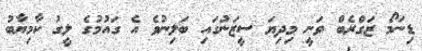
ޑިނަމޯ ޒަގްރެބް ވަނީ މިދިޔަ ސީޒަނުގައި ބަލިނުވެ އެ ގައުމުގެ ލީގު ކާމިޔާބު